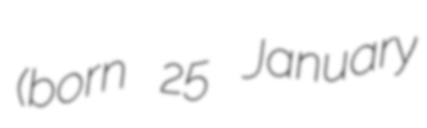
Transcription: (born 25 January